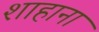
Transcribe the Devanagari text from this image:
शाहाना